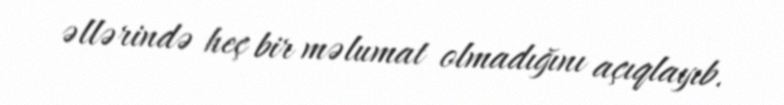
əllərində heç bir məlumat olmadığını açıqlayıb.